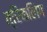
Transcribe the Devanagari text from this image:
त्रिकलिंग